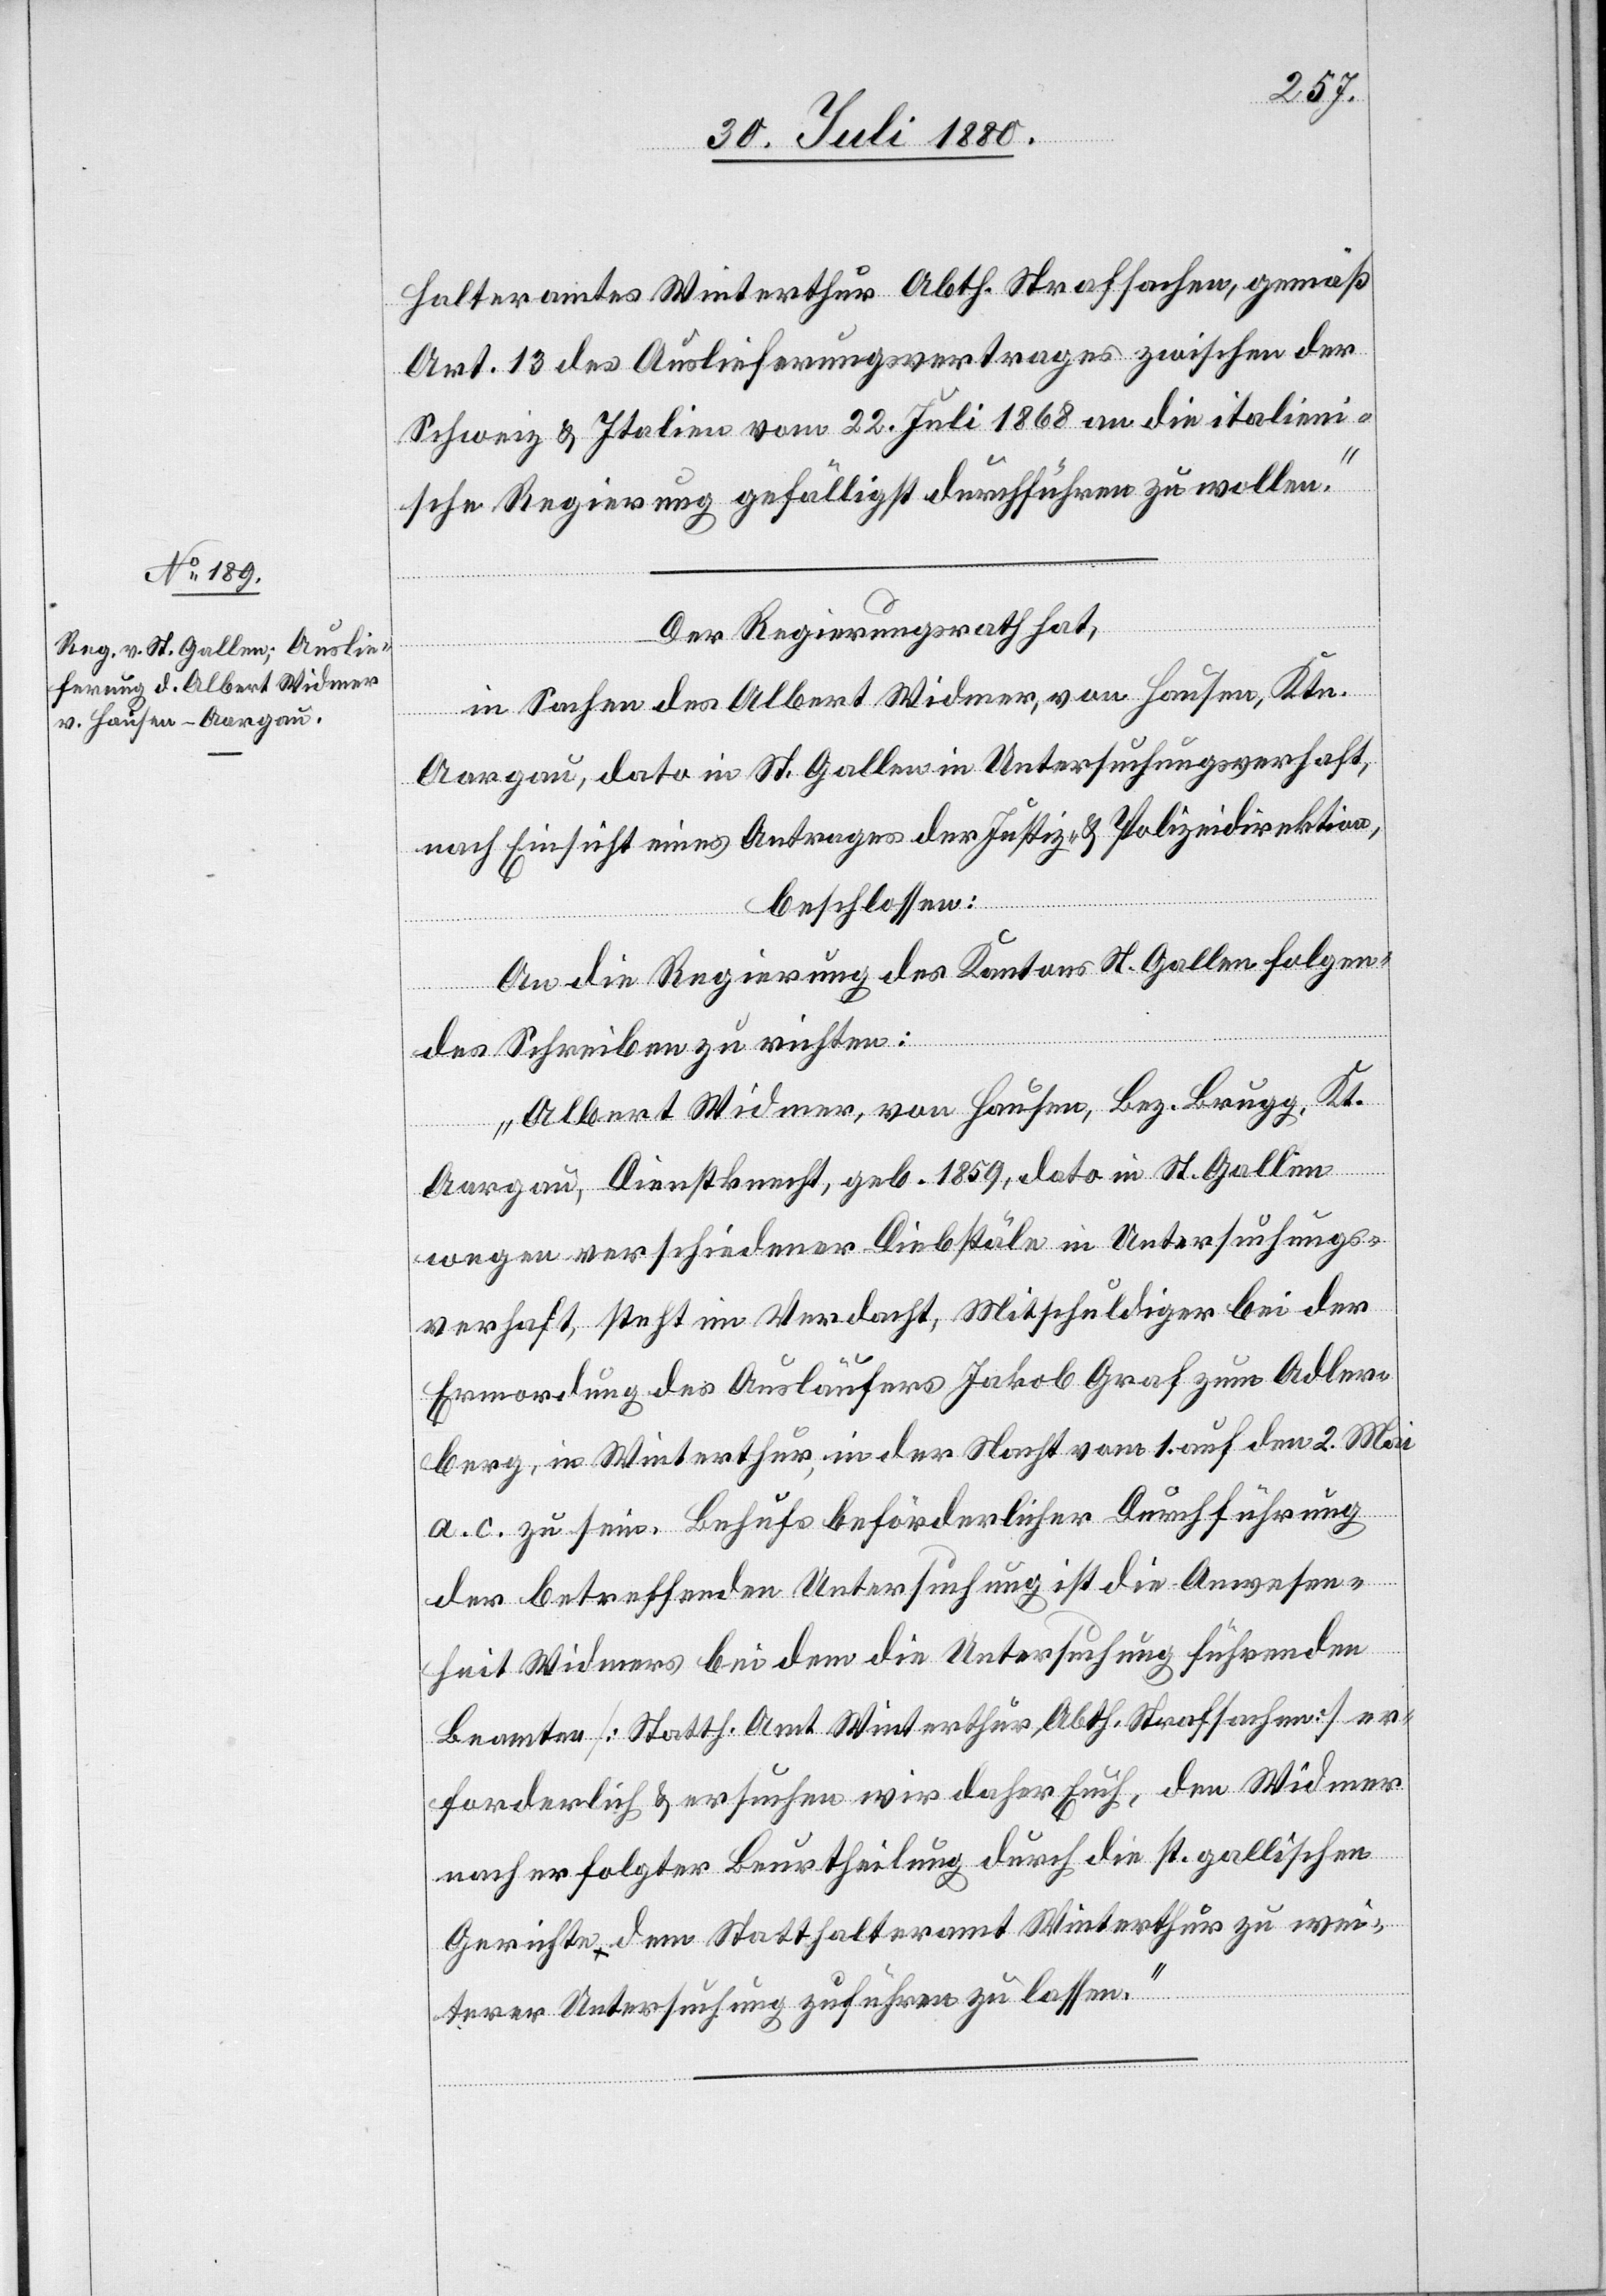
halteramtes Winterthur Abth. Strafsachen, gemäß
Art. 13 des Auslieferungsvertrages zwischen der
Schweiz & Italien vom 22. Juli 1868 an die italieni¬
sche Regierung gefälligst durchführen zu wollen.“
Der Regierungsrath hat,
in Sachen des Albert Widmer, von Laufen, Ktn.
Aargau, dato in St. Gallen in Untersuchungsverhaft,
nach Einsicht eines Antrages der Justiz- & Polizeidirektion
beschlossen:
An die Regierung des Kantons St. Gallen folgen¬
des Schreiben zu richten:
„Albert Widmer, von Laufen, Bez. Brugg, Kt.
Aargau, Dienstknecht, geb. 1859, dato in St. Gallen
wegen verschiedener Diebstäle in Untersuchungs¬
verhaft, steht im Verdacht, Mitschuldiger bei der
Ermordung des Ausläufers Jakob Graf zum Adler¬
berg, in Winterthur in der Nacht vom 1. auf den 2. Mai
a. c. zu sein. Behufs beförderlicher Durchführung
der betreffenden Untersuchung ist die Anwesen¬
heit Widmers bei den die Untersuchung führenden
Beamten [Statth. Amt Winterthur, Abth. Strafsachen] er¬
forderlich & ersuchen wir daher Euch, den Widmer
nach erfolgter Beurtheilung durch die st. gallischen
Gerichte dem Statthalteramt Winterthur zu wei¬
terer Untersuchung zuführen zu lassen.“